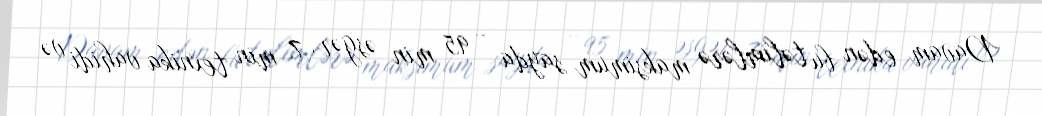
Davam edən bu təlimlərə maksimum sayda - 95 min əsgər, 7 min texnika vahidi və